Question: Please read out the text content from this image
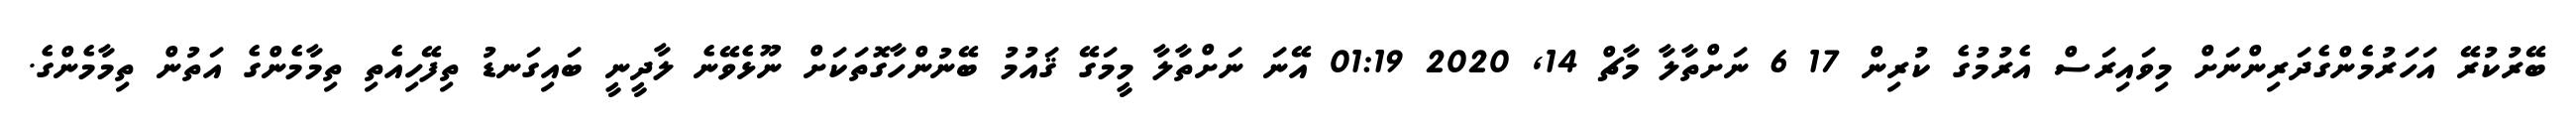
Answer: ބޭރުކުރޭ އަހަރުމެންގެދަރިންނަށް މިވައިރަސް އެރުމުގެ ކުރިން 17 6 ނަށްތާލާ މާޗް 14, 2020 01:19 އޭނަ ނަށްތާލާ މީމަގޭ ޤައުމު ބޭނުންހާގޮތަކަށް ނޫޅެވޭނެ ލާދީނީ ބައިގަނޑު ތިފޭހިއެތި ތިމާމެންގެ އަތުން ތިމާމެންގެ.